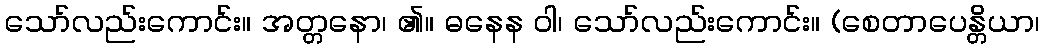
သော်လည်းကောင်း။ အတ္တနော၊ ၏။ ဓနေန ဝါ၊ သော်လည်းကောင်း။ (စေတာပေန္တိယာ၊